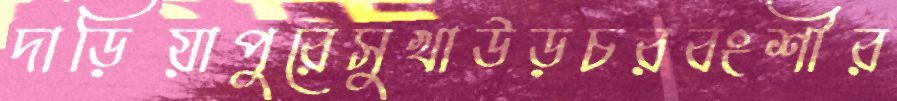
দাড়িয়াপুরেসুখাউড়চরবংশীর